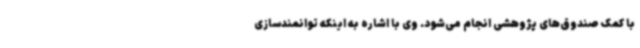
با کمک صندوق‌های پژوهشی انجام می‌شود. وی با اشاره به اینکه توانمندسازی